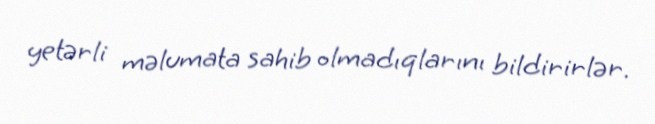
yetərli məlumata sahib olmadıqlarını bildirirlər.